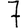
Digit: 7